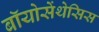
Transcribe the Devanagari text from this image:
बॉयोसेंथेसिस